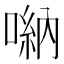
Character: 𠺶